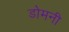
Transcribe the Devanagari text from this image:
डोमनी